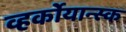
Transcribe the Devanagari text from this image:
व्हर्कोयान्स्क